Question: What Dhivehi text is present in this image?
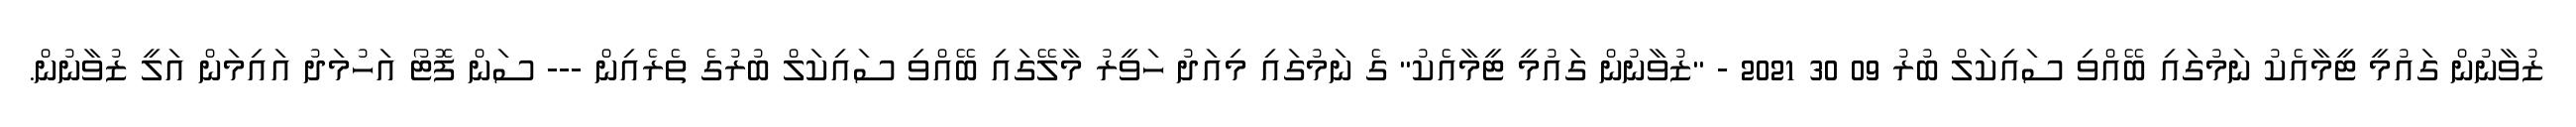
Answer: ޒުވާނުން ގައުމީ ޓީމާއެކު ނަމުގައި ބޭއްވި ސައިކަލް ބުރު 09 30 2021 - "ޒުވާނުން ގައުމީ ޓީމާއެކު" ގެ ނަމުގައި މިއަދު ހަވީރު މާލޭގައި ބޭއްވި ސައިކަލް ބުރުގެ ތެރެއިން --- ސަން ފޮޓޯ އަހުމަދު އައިމަން އަލީ ޒުވާނުން.